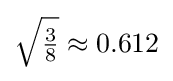
{\sqrt {\tfrac {3}{8}}}\approx 0.612